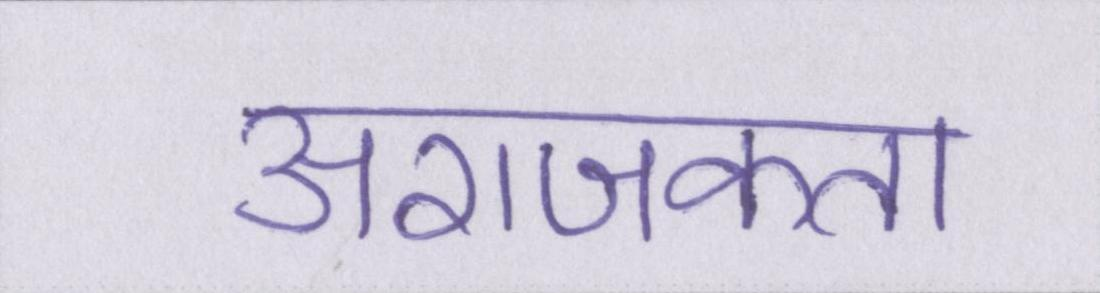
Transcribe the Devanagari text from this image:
अराजकता